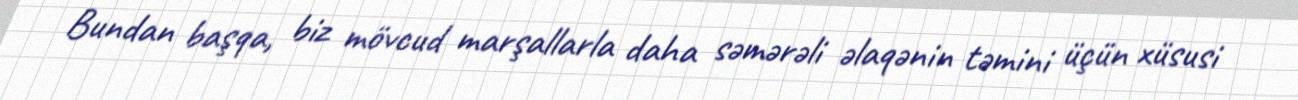
Bundan başqa, biz mövcud marşallarla daha səmərəli əlaqənin təmini üçün xüsusi